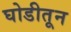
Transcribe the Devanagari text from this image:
घोडीतून